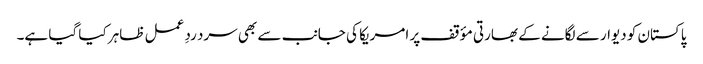
پاکستان کو دیوار سے لگانے کے بھارتی مؤقف پر امریکا کی جانب سے بھی سرد ردِ عمل ظاہر کیا گیا ہے۔